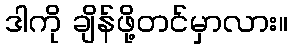
ဒါကို ချိန်ဖို့တင်မှာလား။